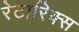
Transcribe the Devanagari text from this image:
रेटारिक्स